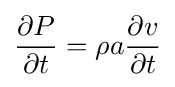
{\frac {\partial P}{\partial t}}=\rho a{\frac {\partial v}{\partial t}}